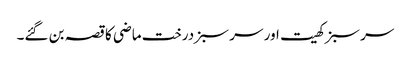
سر سبز کھیت اور سر سبز درخت ماضی کا قصہ بن گئے۔